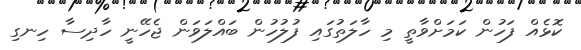
ކޮޅެއް ފަހުން ކަމަށްވާތީ މި ހާލަތުގައި ފުލުހުން ބައްލަވަން ޖެހޭނީ ހާދިސާ ހިނގި